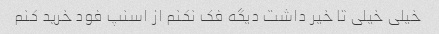
خیلی خیلی تا خیر داشت دیگه فک نکنم از اسنپ فود خرید کنم